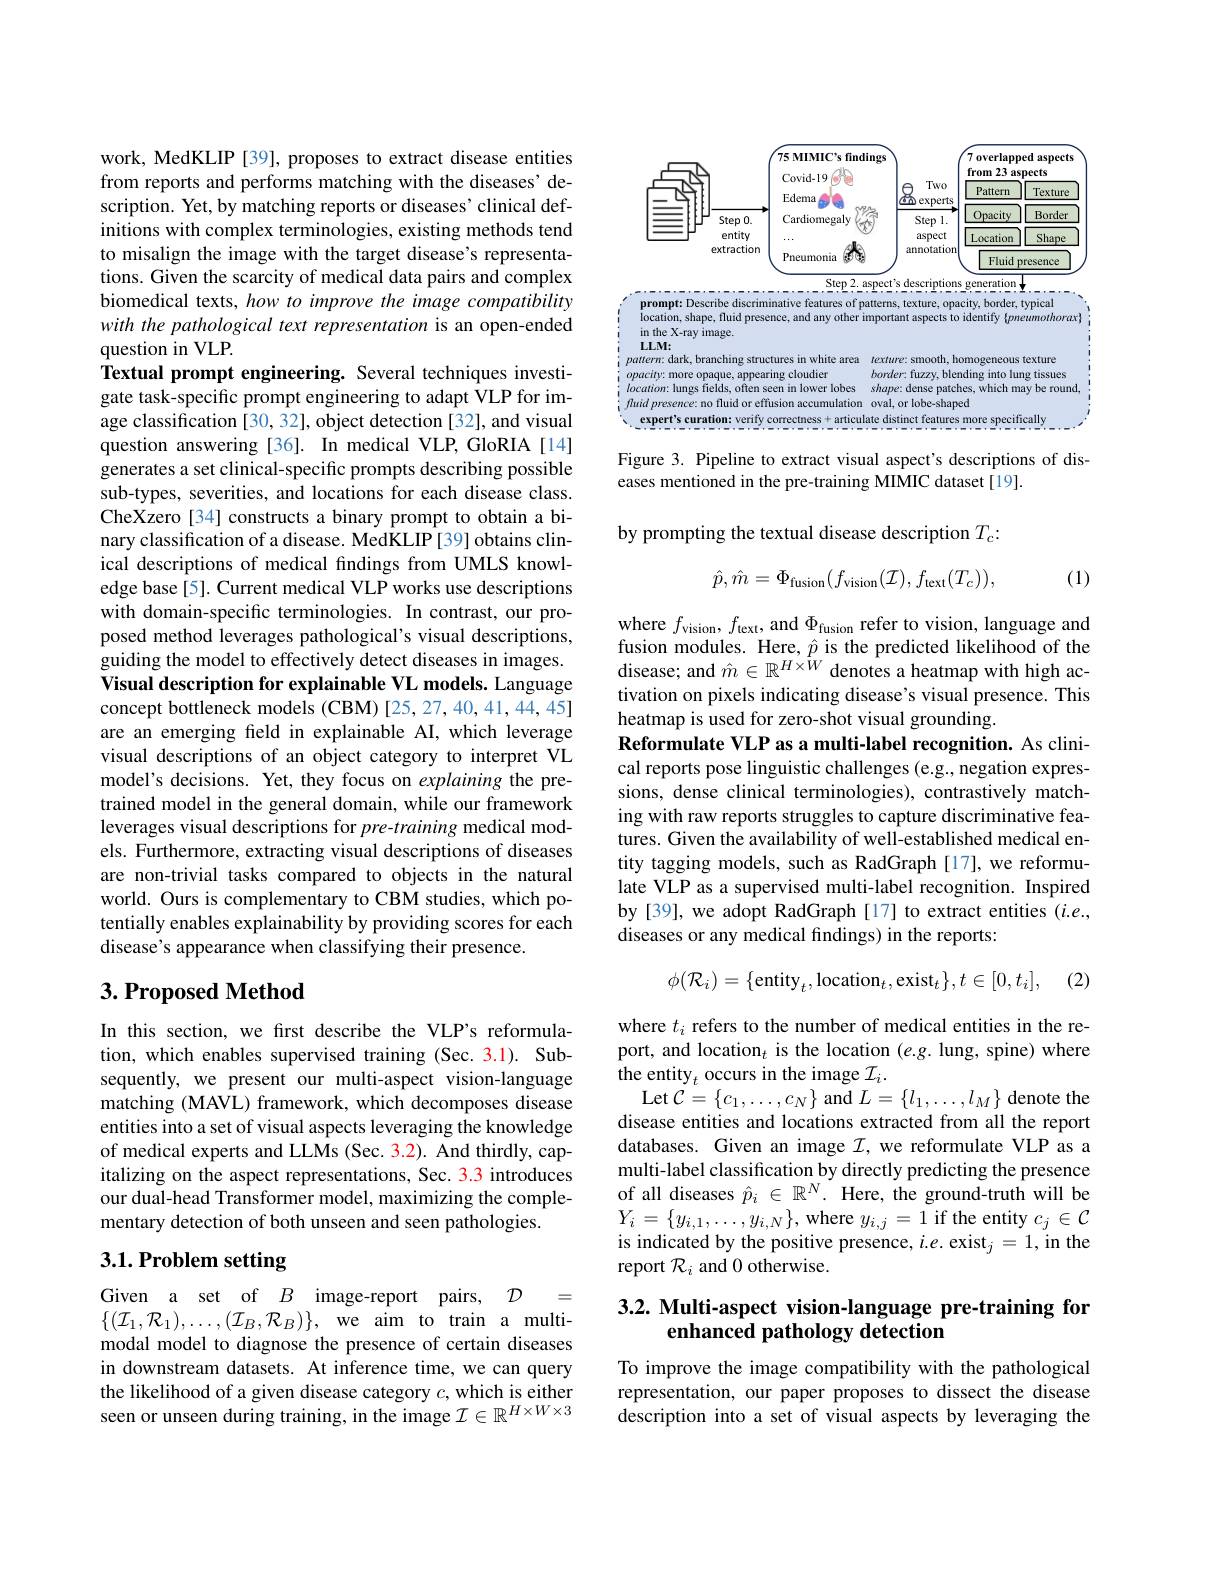
work, MedKLIP [39], proposes to extract disease entities from reports and performs matching with the diseases' description. Yet, by matching reports or diseases' clinical definitions with complex terminologies, existing methods tend to misalign the image with the target disease's representations. Given the scarcity of medical data pairs and complex biomedical texts, how to improve the image compatibility with the pathological text representation is an open-ended question in VLP.

Textual prompt engineering. Several techniques investigate task-specific prompt engineering to adapt VLP for image classification [30, 32], object detection [32], and visual question answering [36]. In medical VLP, GloRIA[14] generates a set clinical-specific prompts describing possible sub-types, severities, and locations for each disease class. CheXzero[34] constructs a binary prompt to obtain a binary classification of a disease. MedKLIP [39] obtains clinical descriptions of medical findings from UMLS knowledge base [5]. Current medical VLP works use descriptions with domain-specific terminologies. In contrast, our proposed method leverages pathological's visual descriptions, guiding the model to effectively detect diseases in images. Visual description for explainable VL models. Language concept bottleneck models (CBM) [25, 27, 40, 41, 44, 45] are an emerging feld in explainable AI, which leverage visual descriptions of an object category to interpret VL model's decisions. Yet, they focus on explaining the pretrained model in the general domain, while our framework leverages visual descriptions for pre-training medical models. Furthermore, extracting visual descriptions of diseases are non-trivial tasks compared to objects in the natural world. Ours is complementary to CBM studies, which potentially enables explainability by providing scores for each disease's appearance when classifying their presence.
$3. \textbf{Proposed Method}$

In this section, we first describe the VLP's reformulation, which enables supervised training (Sec. 3.1). Subsequently, we present our multi-aspect vision-language matching (MAVL) framework, which decomposes disease entities into a set of visual aspects leveraging the knowledge of medical experts and LLMs (Sec. 3.2). And thirdly, capitalizing on the aspect representations, Sec. 3.3 introduces our dual-head Transformer model, maximizing the complementary detection of both unseen and seen pathologies.

# 3.1. Problem setting

Given a set of $B$ image-report pairs, $\mathcal{D}=$ $\{(\mathcal{I}_1,\mathcal{R}_1),\ldots,(\mathcal{I}_B,\mathcal{R}_B)\}$,we aim to train a multimodal model to diagnose the presence of certain diseases in downstream datasets. At inference time, we can query the likelihood of a given disease category $c$, which is either seen or unseen during training, in the image $\mathcal{I}\in\mathbb{R}^H\times W\times3$

<FigureHere>

Figure 3. Pipeline to extract visual aspect's descriptions of dis-
eases mentioned in the pre-training MIMIC dataset[19].

by prompting the textual disease description $T_c:$
$$\hat{p},\hat{m}=\Phi_{\mathrm{fusion}}(f_{\mathrm{vision}}(\mathcal{I}),f_{\mathrm{text}}(T_{c})),$$
(1)

where $f_\mathrm{vision},f_\mathrm{text}$, and $\Phi_\mathrm{fusion}$ refer to vision, language and fusion modules. Here, $\hat{p}$ is the predicted likelihood of the disease; and $\hat{m}\in\mathbb{R}^{H\times\hat{W}}$ denotes a heatmap with high activation on pixels indicating disease's visual presence. This heatmap is used for zero-shot visual grounding.
Reformulate VLP as a multi-label recognition. As clinical reports pose linguistic challenges (e.g., negation expressions, dense clinical terminologies), contrastively matching with raw reports struggles to capture discriminative features. Given the availability of well-established medical entity tagging models, such as RadGraph [17], we reformulate VLP as a supervised multi-label recognition. Inspired by[39], we adopt RadGraph[17] to extract entities (i.e., diseases or any medical findings) in the reports:

(2)
$$\phi(\mathcal{R}_i)=\{\text{entity}_t,\text{location}_t,\text{exist}_t\},t\in[0,t_i],$$
where $t_i$ refers to the number of medical entities in the report, and location$_t$ is the location $(e.g.$ lung, spine) where the entity$_t$ occurs in the image $\mathcal{I}_i.$
$\operatorname{Let}{\mathcal C}=\{c_{1},\ldots,c_{N}\}$ and $L=\{l_{1},\ldots,l_{M}\}$ denote the disease entities and locations extracted from all the report databases. Given an image $\mathcal{I}$, we reformulate VLP as a multi-label classification by directly predicting the presence of all diseases $\hat{p}_i\in\mathbb{R}^N.$ Here, the ground-truth will be $Y_{i}=\{y_{i,1},\ldots,y_{i,N}\}$,where $y_i,j=1$ if the entity $c_j\in\mathcal{C}$ is indicated by the positive presence, $i.e.\mathrm{~exist}_j=1$, in the report $\mathcal{R}_i$ and 0 otherwise.

# 3.2. Multi-aspect vision-language pre-training for enhanced pathology detection

To improve the image compatibility with the pathological representation, our paper proposes to dissect the disease description into a set of visual aspects by leveraging the